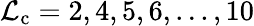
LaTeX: \mathcal{L}_{\mathrm{{c}}}=2,4,5,6,...,10